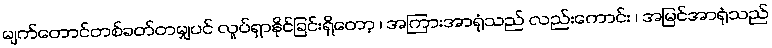
မျက်တောင်တစ်ခတ်တမျှပင် လှုပ်ရှာနိုင်ခြင်းရှိတော့ ၊ အကြားအာရုံသည် လည်းကောင်း ၊ အမြင်အာရုံသည်